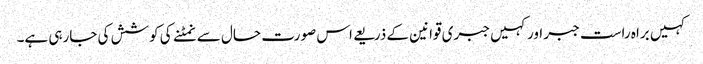
کہیں براہ راست جبر اور کہیں جبری قوانین کے ذریعے اس صورت حال سے نمٹنے کی کوشش کی جارہی ہے۔